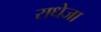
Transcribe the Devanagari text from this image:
राधेजा